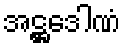
အဋ္ဌဒေါဏံ